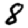
Digit: 8